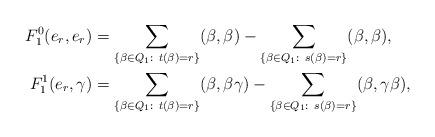
LaTeX: \begin{align*}F_1^0 (e_r, e_r) & = \sum_{ \{ \beta \in Q_1: \ t(\beta)=r \} } (\beta , \beta) - \sum_{ \{ \beta \in Q_1: \ s(\beta)=r \} } (\beta, \beta ), \\F_1^1 (e_r, \gamma) & = \sum_{ \{ \beta \in Q_1: \ t(\beta)=r \} } (\beta , \beta \gamma) - \sum_{ \{ \beta \in Q_1: \ s(\beta)=r \} } (\beta, \gamma \beta ), \end{align*}